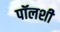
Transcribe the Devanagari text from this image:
पॉलशी